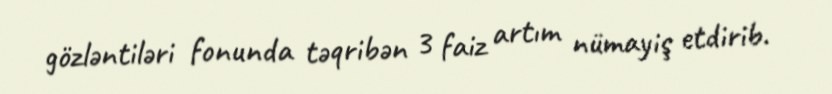
gözləntiləri fonunda təqribən 3 faiz artım nümayiş etdirib.